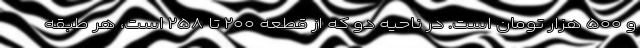
و ۵۰۰ هزار تومان است. در ناحیه دو که از قطعه ۲۰۰ تا ۲۵۸ است، هر طبقه